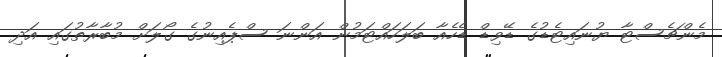
މެންޗެސްޓާ ޔުނައިޓެޑުގެ ޑޭވިޑް ޑެހެއާ ބަލަހައްޓަމުން އަންނަ ސްޕެއިނުގެ ގޯލަށް މުބާރާތުގައި އަދި